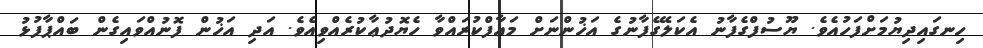
ހިނގައިދިޔުމަށްފަހުއެވެ. ޔޫސުފްގެފާނު އެކަލޭގެފާނުގެ އަޚުންނަށް މަޢާފްކުރައްވާ ހެޔޮދުޢާކުރެއްވިއެވެ. އަދި އަޚުން ފޮނުއްވައިގެން ބައްޕާފުޅު